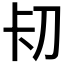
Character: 𭃐